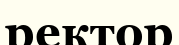
ректор